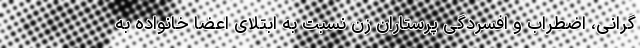
گرانی، اضطراب و افسردگی پرستاران زن نسبت به ابتلای اعضا خانواده به